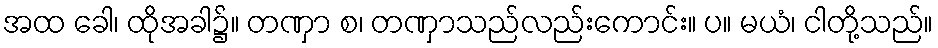
အထ ခေါ၊ ထိုအခါ၌။ တဏှာ စ၊ တဏှာသည်လည်းကောင်း။ ပ။ မယံ၊ ငါတို့သည်။